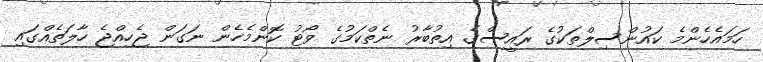
ހަމައެހެންމެ ކައުންސިލްތަކުގެ ރައީސްގެ އިތުބާރު ނެތްކަމުގެ ވޯޓު ކޮންމެހެން ނަގަން ޖެހިއްޖެ ހާލަތެއްގައި